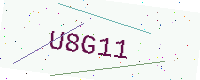
Text: U8G11